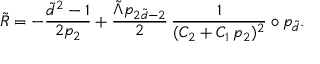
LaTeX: \tilde { R } = - \frac { \tilde { d } ^ { 2 } - 1 } { 2 p _ { 2 } } + \frac { \tilde { \Lambda } p _ { 2 \tilde { d } - 2 } } { 2 } \, \frac { 1 } { ( C _ { 2 } + C _ { 1 } \, p _ { 2 } ) ^ { 2 } } \circ p _ { \tilde { d } } .